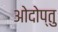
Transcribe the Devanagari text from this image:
ओदोप्तु